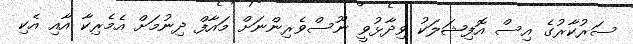
ސަރުކާރުގެ އިސް އޮފިޝަލަކު ވިދާޅުވީ ނޫސްވެރިންނަށް މައާފް ދިނުމަށް އެމެރިކާ އާއި އެކި